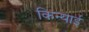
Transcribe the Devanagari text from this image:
किन्याई